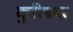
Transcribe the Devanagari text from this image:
कुरिच्यर